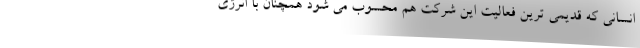
انسانی که قدیمی ترین فعالیت این شرکت هم محسوب می شود همچنان با انرژی